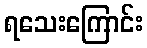
ရသေးကြောင်း